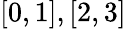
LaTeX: [0,1],[2,3]